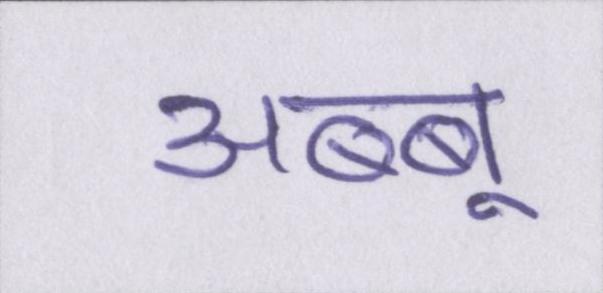
अब्बू